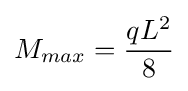
M_{max}={\frac {qL^{2}}{8}}